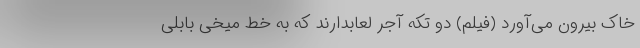
خاک بیرون می‌آورد (فیلم) دو تکه آجر لعابدارند که به خط میخی بابلی